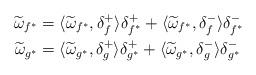
LaTeX: \begin{align*} \widetilde{\omega}_{f^*}&=\langle\widetilde{\omega}_{f^*},\delta_f^+\rangle \delta_{f^*}^+ +\langle\widetilde{\omega}_{f^*},\delta_f^-\rangle\delta_{f^*}^-\\ \widetilde{\omega}_{g^*}&=\langle\widetilde{\omega}_{g^*},\delta_g^+\rangle \delta_{g^*}^+ +\langle\widetilde{\omega}_{g^*},\delta_g^-\rangle\delta_{g^*}^- \end{align*}